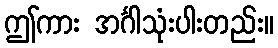
ဤကား အင်္ဂါသုံးပါးတည်း။